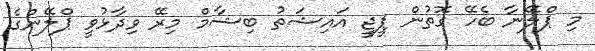
މި ޕްލޭނާ ބެހޭ ގޮތުން ޕީޖީ އައިޝަތު ބިޝާމް މިރޭ ވިދާޅުވީ ޕްލޭންގެ